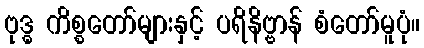
ဗုဒ္ဓ ကိစ္စတော်များနှင့် ပရိနိဗ္ဗာန် စံတော်မူပုံ။